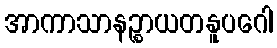
အာကာသာနဉ္စာယတနူပဂေါ